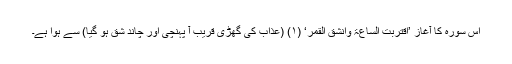
اس سورہ کا آغاز ’اِقْتَرَبَتِ السَّاعَۃُ وَانشَقَّ الْقَمَرُ‘ (۱) (عذاب کی گھڑی قریب آ پہنچی اور چاند شق ہو گیا) سے ہوا ہے۔